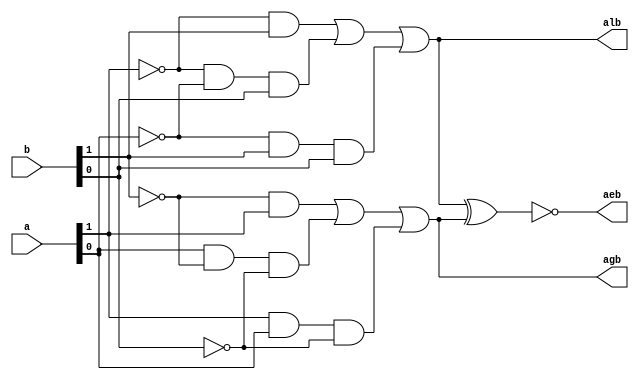
`timescale 1ns / 1ps
//////////////////////////////////////////////////////////////////////////////////
// Company: 
// Engineer: 
// 
// Design Name: 
// Module Name: comparator4bit
// Project Name: 
// Target Devices: 
// Tool Versions: 
// Description: 
// 
// Dependencies: 
// 
// Revision:
// Revision 0.01 - File Created
// Additional Comments:
// 
//////////////////////////////////////////////////////////////////////////////////


    module comparator_2bit(input [1:0]a, input [1:0]b,
    output agb, output aeb, output alb);
    wire w1,w2,w3,w4,w5,w6,w7,w8,w9,w10;
    not (w1,b[1]);
    and (w2,w1,a[1]);
    not (w3,b[0]);
    and (w4,a[0],w1,w3);
    and (w5,a[1],a[0],w3);
    or (agb,w2,w4,w5);
    not (w6,a[1]);
    not (w7,a[0]);
    and (w8,w6,b[1]);
    and (w9,w6,w7,b[0]);
    and (w10,w7,b[1],b[0]);
    or (alb,w8,w9,w10);
    xnor (aeb,alb,agb);
    endmodule
module comparator4bit(input [3:0]a, 
input [3:0]b, output a_g_b, 
output a_e_b, output a_l_b);
    wire l1,e1,g1,l2,e2,g2,d1,d2;
    comparator_2bit f51(a[3:2],b[3:2],g1,e1,l1);
    comparator_2bit f52(a[1:0],b[1:0],g2,e2,l2);
    and (d1,e1,g2);
    and (d2,e1,l2);
    or (a_g_b,g1,d1);
    or (a_l_b,l1,d2);
    and (a_e_b,e1,e2);
    endmodule